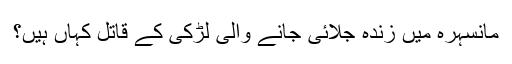
مانسہرہ میں زندہ جلائی جانے والی لڑکی کے قاتل کہاں ہیں؟